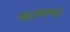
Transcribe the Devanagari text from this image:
मृद्भाण्डं